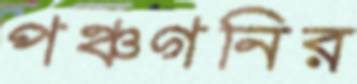
পঞ্চগনির